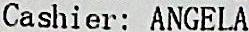
CASHIER: ANGELA